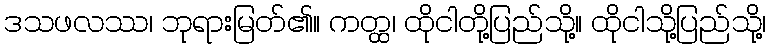
ဒသဖလဿ၊ ဘုရားမြတ်၏။ ကတ္ထ၊ ထိုငါတို့ပြည်သို့။ ထိုငါသို့ပြည်သို့၊